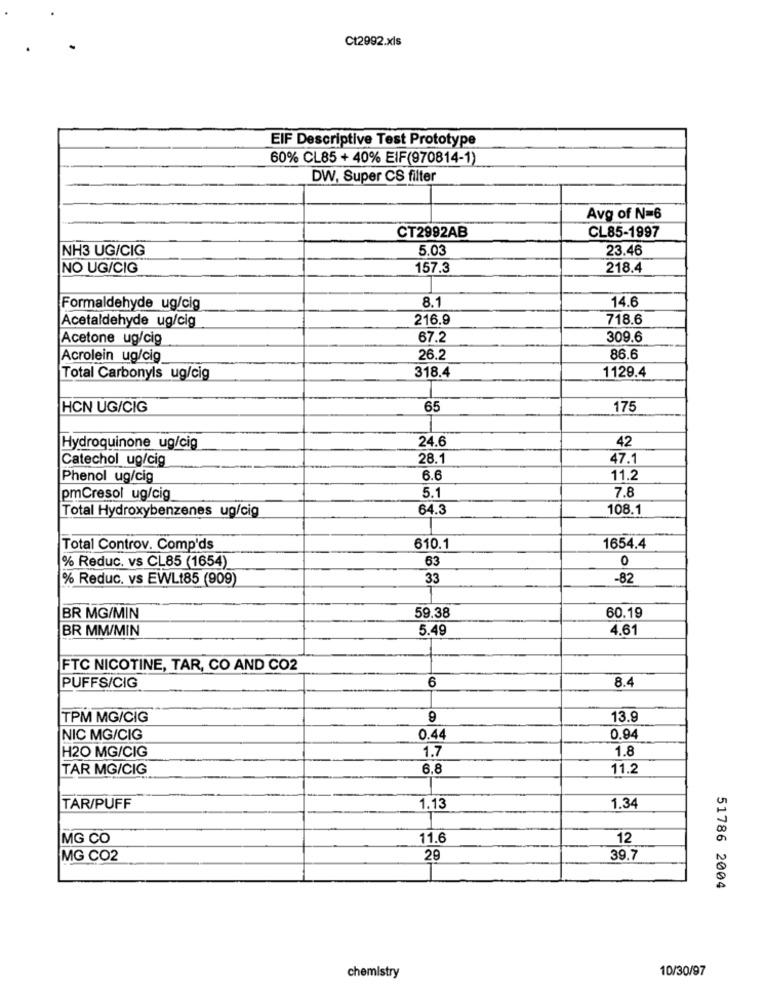
Ct2992.xls
EIF Descriptive Test Prototype
60% CL85 + 40% EIF(970814-1)
DW, Super CS filter
Avg of N=6
CT2992AB
CL85-1997
NH3 UG/CIG
5.03
23.46
NO UG/CIG
157.3
218.4
8.1
14.6
Formaldehyde ug/cig
216.9
718.6
Acetaldehyde ug/cig
Acetone ug/cig
67.2
309.6
Acrolein ug/cig
26.2
86.6
318.4
1129.4
Total Carbonyls ug/cig
HCN UG/CIG
65
175
24.6
42
Hydroquinone ug/cig
Catechol ug/cig
28.1
47.1
Phenol ug/cig
6.6
11.2
5.1
7.8
pmCresol ug/cig
Total Hydroxybenzenes ug/cig
64.3
108.1
Total Controv. Comp'ds
610.1
1654.4
% Reduc. vs CL85 (1654)
63
0
% Reduc. vs EWLt85 (909)
33
-82
BR MG/MIN
59.38
60.19
BR MM/MIN
5.49
4.61
FTC NICOTINE, TAR, CO AND CO2
6
8.4
PUFFS/CIG
TPM MG/CIG
13.9
NIC MG/CIG
0.44
0.94
H20 MG/CIG
1.7
1.8
TAR MG/CIG
6.8
11.2
TAR/PUFF
1.13
1.34
MG CO
11.6
12
MG CO2
29
39.7
51786 2004
10/30/97
chemistry